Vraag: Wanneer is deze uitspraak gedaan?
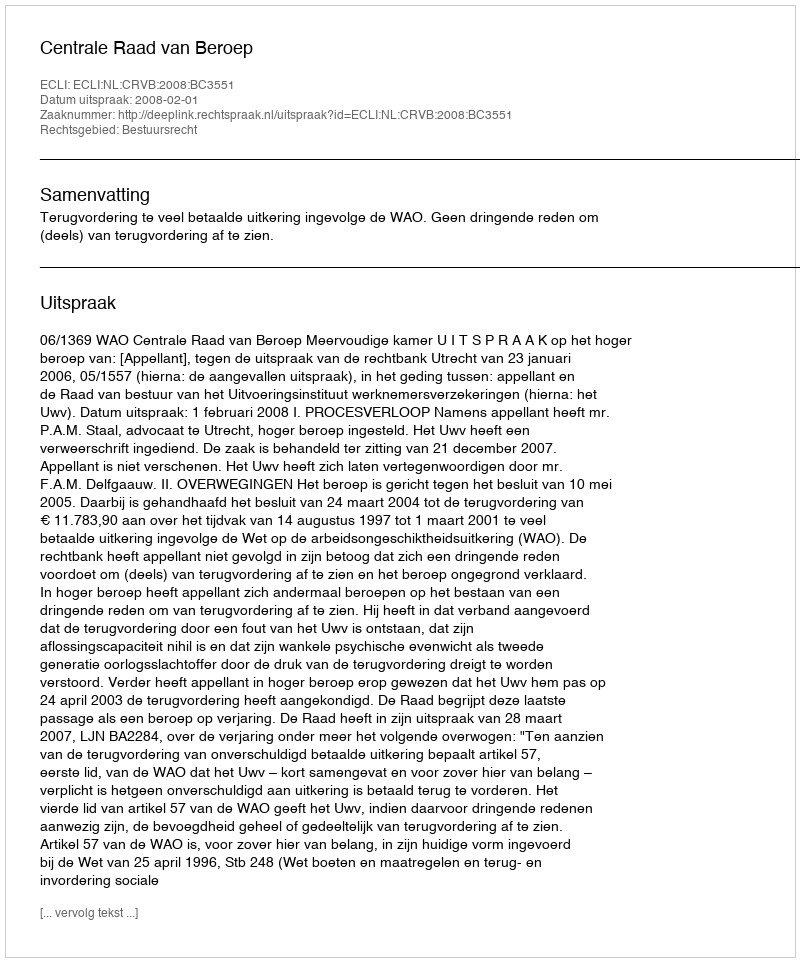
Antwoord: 2008-02-01